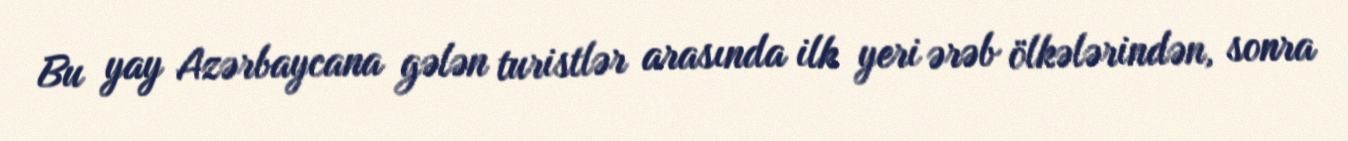
Bu yay Azərbaycana gələn turistlər arasında ilk yeri ərəb ölkələrindən, sonra